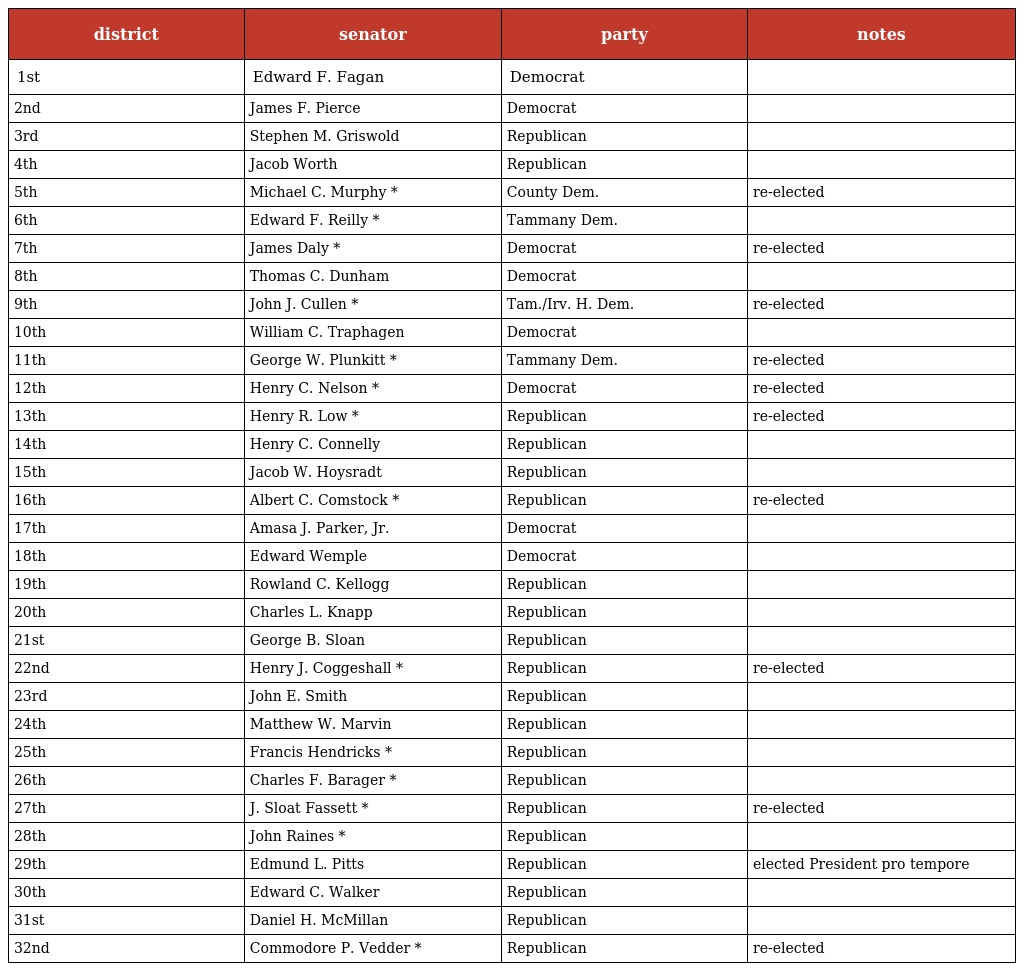
| district | senator | party | notes |
 | --- | --- | --- | --- |
 | 1st | Edward F. Fagan | Democrat |  |
 | 2nd | James F. Pierce | Democrat |  |
 | 3rd | Stephen M. Griswold | Republican |  |
 | 4th | Jacob Worth | Republican |  |
 | 5th | Michael C. Murphy * | County Dem. | re-elected |
 | 6th | Edward F. Reilly * | Tammany Dem. |  |
 | 7th | James Daly * | Democrat | re-elected |
 | 8th | Thomas C. Dunham | Democrat |  |
 | 9th | John J. Cullen * | Tam./Irv. H. Dem. | re-elected |
 | 10th | William C. Traphagen | Democrat |  |
 | 11th | George W. Plunkitt * | Tammany Dem. | re-elected |
 | 12th | Henry C. Nelson * | Democrat | re-elected |
 | 13th | Henry R. Low * | Republican | re-elected |
 | 14th | Henry C. Connelly | Republican |  |
 | 15th | Jacob W. Hoysradt | Republican |  |
 | 16th | Albert C. Comstock * | Republican | re-elected |
 | 17th | Amasa J. Parker, Jr. | Democrat |  |
 | 18th | Edward Wemple | Democrat |  |
 | 19th | Rowland C. Kellogg | Republican |  |
 | 20th | Charles L. Knapp | Republican |  |
 | 21st | George B. Sloan | Republican |  |
 | 22nd | Henry J. Coggeshall * | Republican | re-elected |
 | 23rd | John E. Smith | Republican |  |
 | 24th | Matthew W. Marvin | Republican |  |
 | 25th | Francis Hendricks * | Republican |  |
 | 26th | Charles F. Barager * | Republican |  |
 | 27th | J. Sloat Fassett * | Republican | re-elected |
 | 28th | John Raines * | Republican |  |
 | 29th | Edmund L. Pitts | Republican | elected President pro tempore |
 | 30th | Edward C. Walker | Republican |  |
 | 31st | Daniel H. McMillan | Republican |  |
 | 32nd | Commodore P. Vedder * | Republican | re-elected |